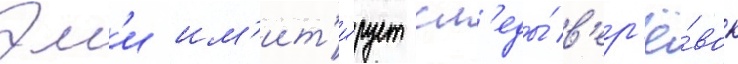
Эм'и им'ит'и́рует сл'еды́ в'ер'ё́вок